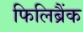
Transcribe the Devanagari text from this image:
फिलिब्रैंक